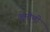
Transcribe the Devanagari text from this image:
अमोणी